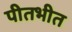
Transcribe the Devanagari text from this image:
पीतभीत